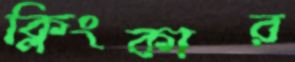
ক্লিংকার